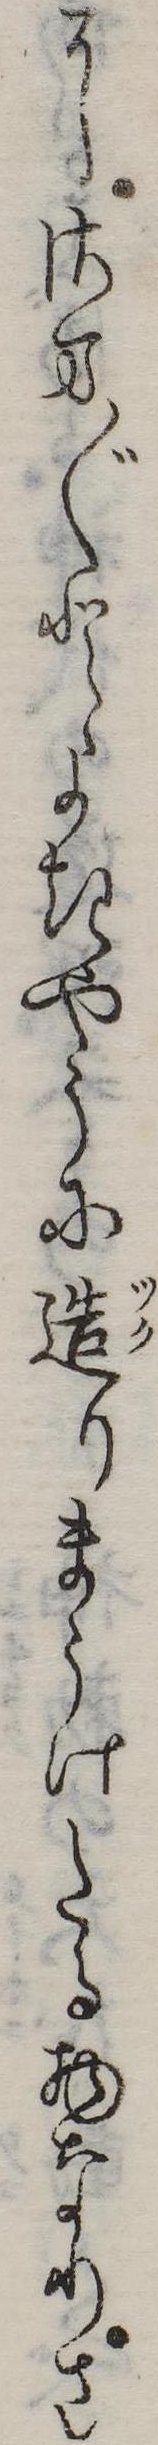
にさま〲とよきやうに造りまうけたる物なりさ